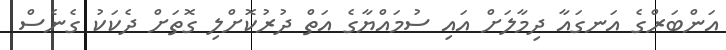
އަންބަރްގެ އަނގައާ ދިމާލަށް އައި ސުމައްޔާގެ އަތް ދުރުކޮށްލި ގޮތަށް ދެކަކު ގެނެސް